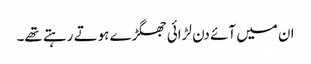
ان میں آئے دن لڑائی جھگڑے ہوتے رہتے تھے۔